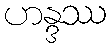
ဟန္ဒဿ